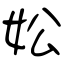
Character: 妐